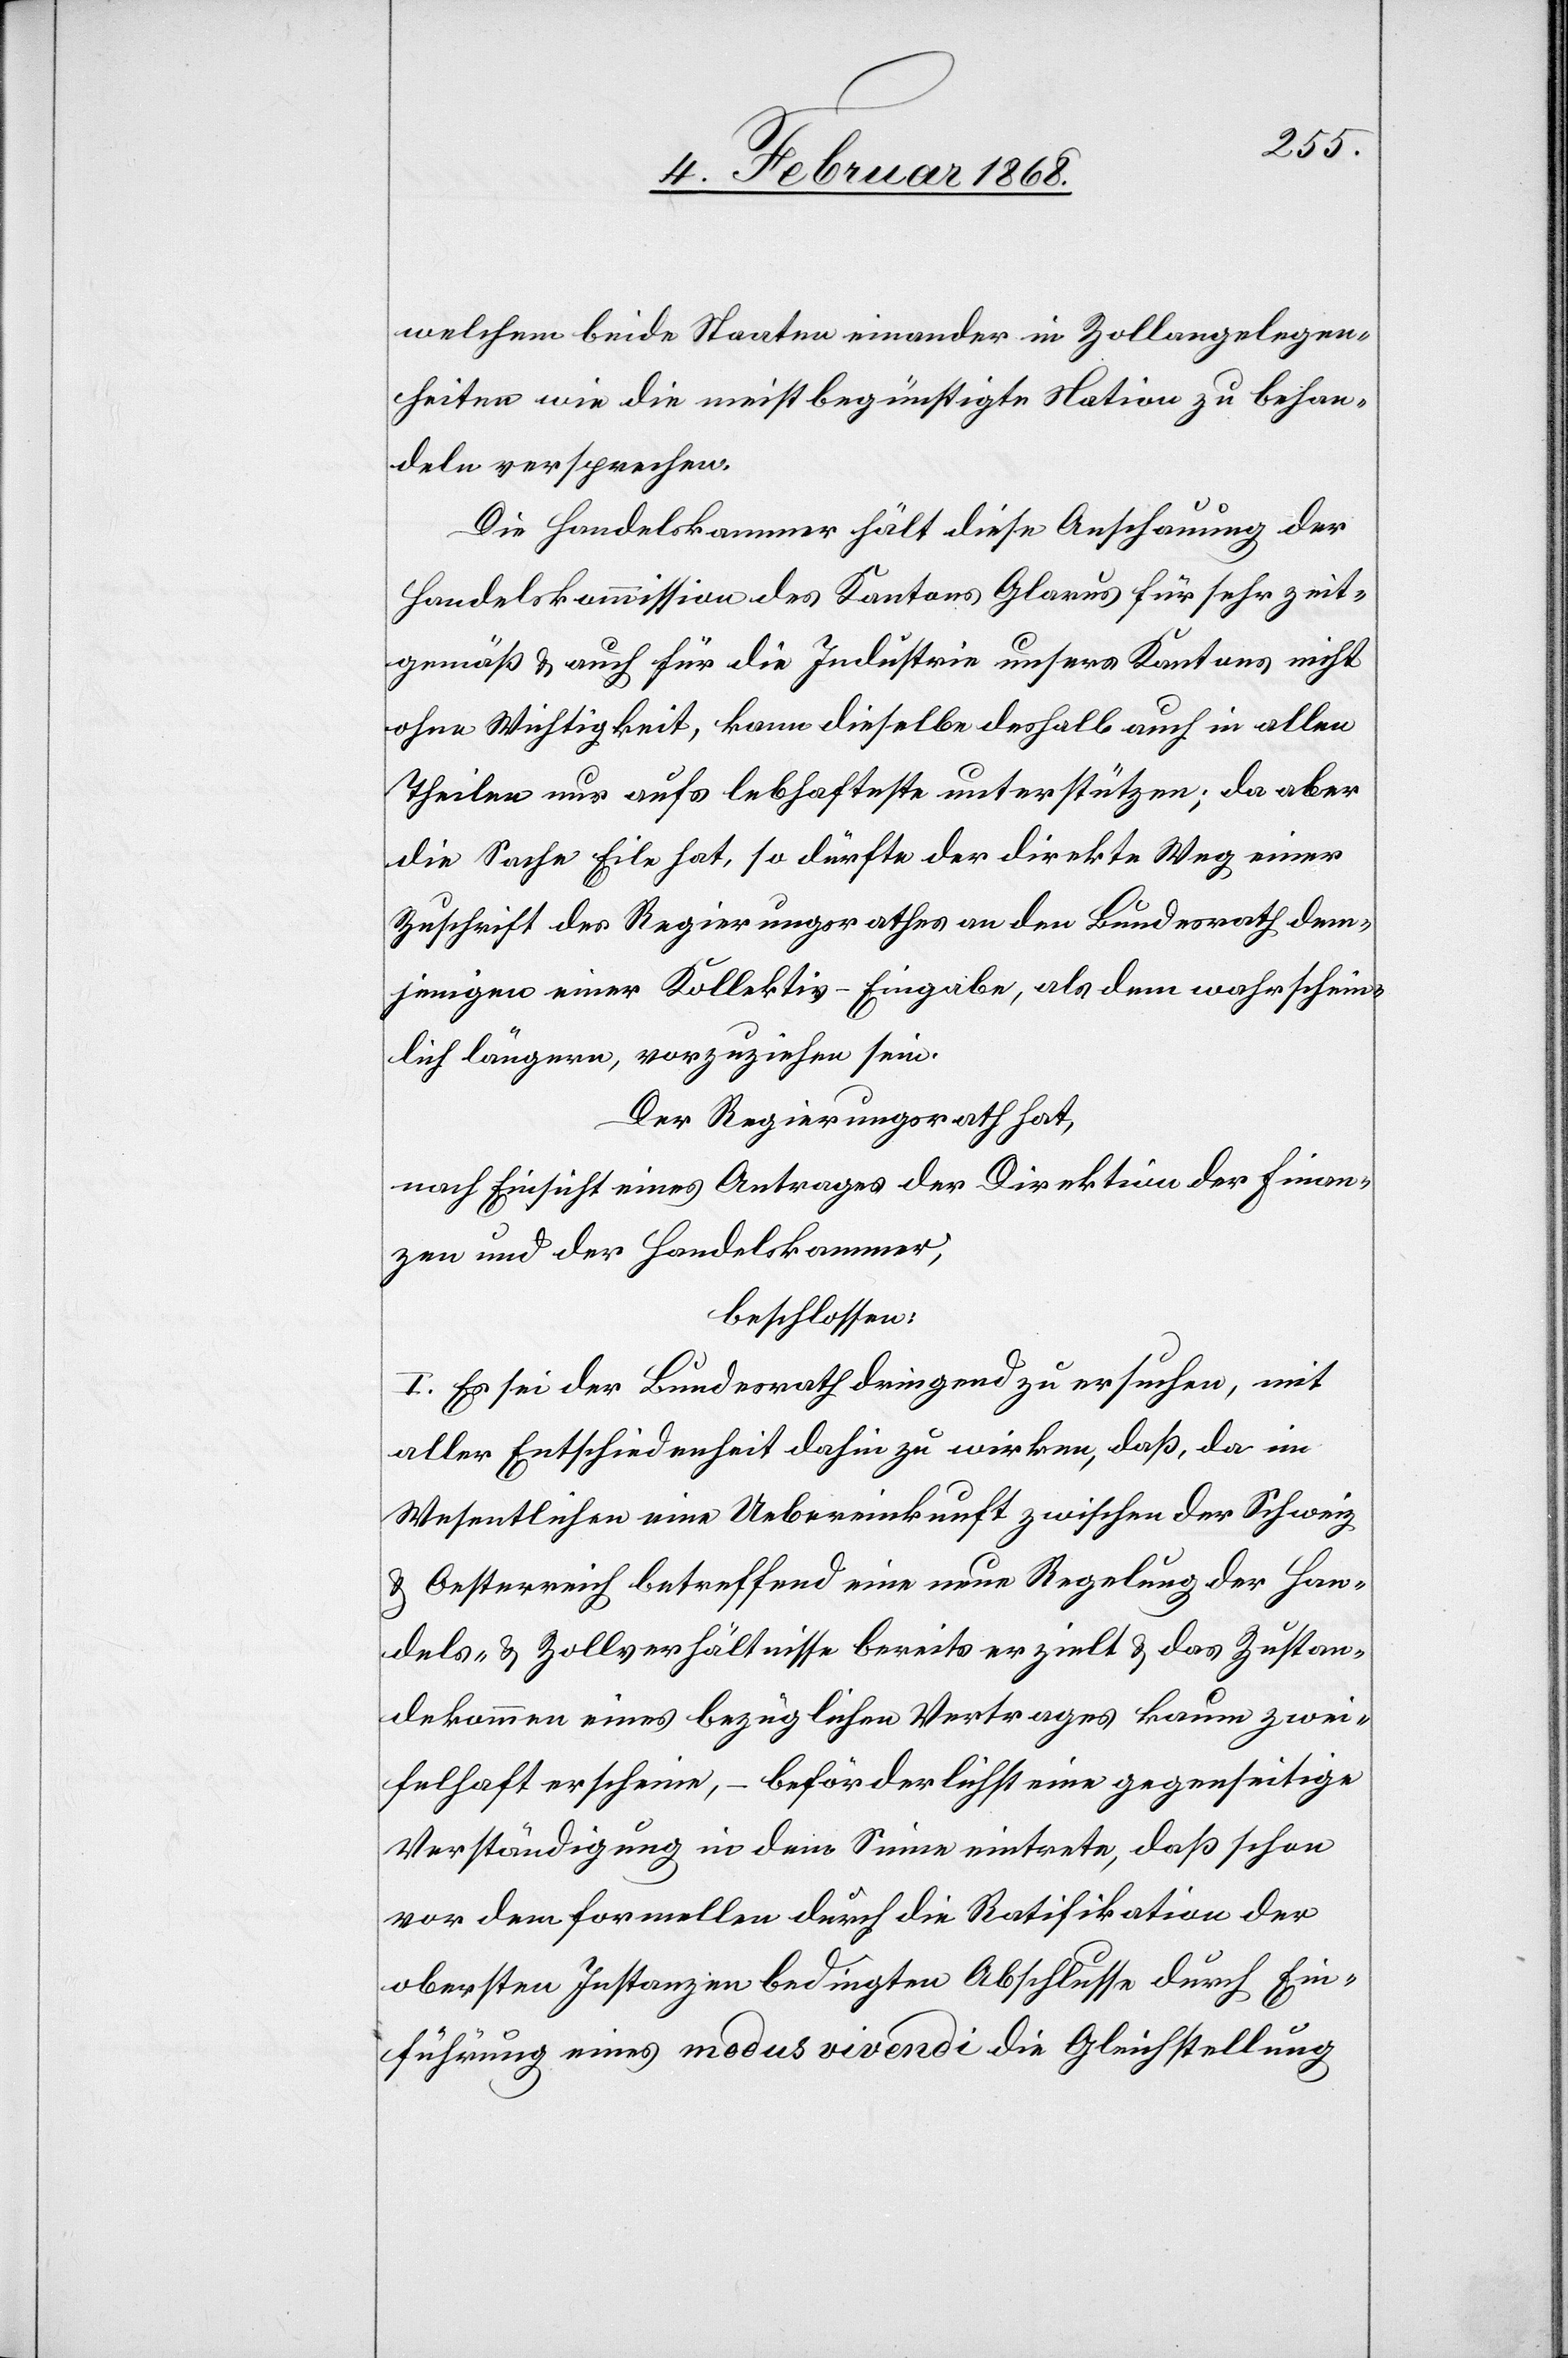
welchem beide Staaten einander in Zollangelegen¬
heiten wie die meistbegünstigte Nation zu behan¬
deln versprechen.
Die Handelskammer hält diese Anschauung der
Handelskommission des Kantons Glarus für sehr zeit¬
gemäß & auch für die Industrie unsers Kantons nicht
ohne Wichtigkeit, kann dieselbe deshalb auch in allen
Theilen nur aufs lebhafteste unterstützen; da aber
die Sache Eile hat, so dürfte der direkte Weg einer
Zuschrift des Regierungsrathes an den Bundesrath dem¬
jenigen einer Kollektiv-Eingabe, als dem wahrschein¬
lich längern, vorzuziehen sein.
Der Regierungsrath hat,
nach Einsicht eines Antrages der Direktion der Finan¬
zen und der Handelskammer,
beschlossen:
I. Es sei der Bundesrath dringend zu ersuchen, mit
aller Entschiedenheit dahin zu wirken, daß, da im
Wesentlichen eine Uebereinkunft zwischen der Schweiz
& Oesterreich betreffend eine neue Regelung der Han¬
dels- & Zollverhältnisse bereits erzielt & das Zustan¬
dekommen eines bezüglichen Vertrages kaum zwei¬
felhaft erscheine, – beförderlichst eine gegenseitige
Verständigung in dem Sinne eintrete, daß schon
vor dem formellen durch die Ratifikation der
obersten Instanzen bedingten Abschlusse durch Ein¬
führung eines modus vivendi die Gleichstellung